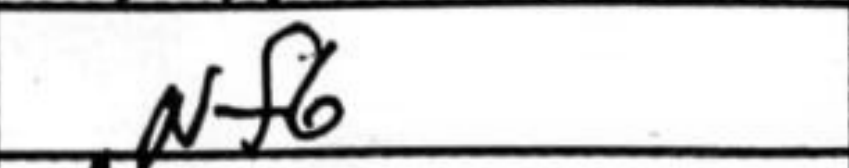
Transcription: Nf6